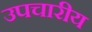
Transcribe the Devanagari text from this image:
उपचारीय